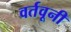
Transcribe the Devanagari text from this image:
वर्तवूनी